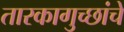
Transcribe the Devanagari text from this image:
तारकागुच्छांचे